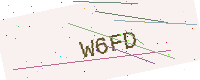
Text: W6FD